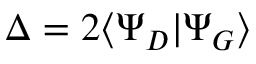
\Delta = 2 \langle \Psi _ { D } | \Psi _ { G } \rangle